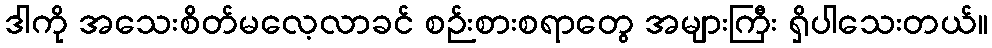
ဒါကို အသေးစိတ်မလေ့လာခင် စဉ်းစားစရာတွေ အများကြီး ရှိပါသေးတယ်။